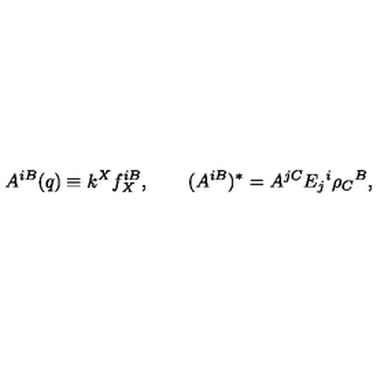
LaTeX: A ^ { i B } ( q ) \equiv k ^ { X } f _ { X } ^ { i B } , \qquad ( A ^ { i B } ) ^ { * } = A ^ { j C } E _ { j } { } ^ { i } \rho _ { C } { } ^ { B } ,